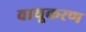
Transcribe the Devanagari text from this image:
वायूकरण